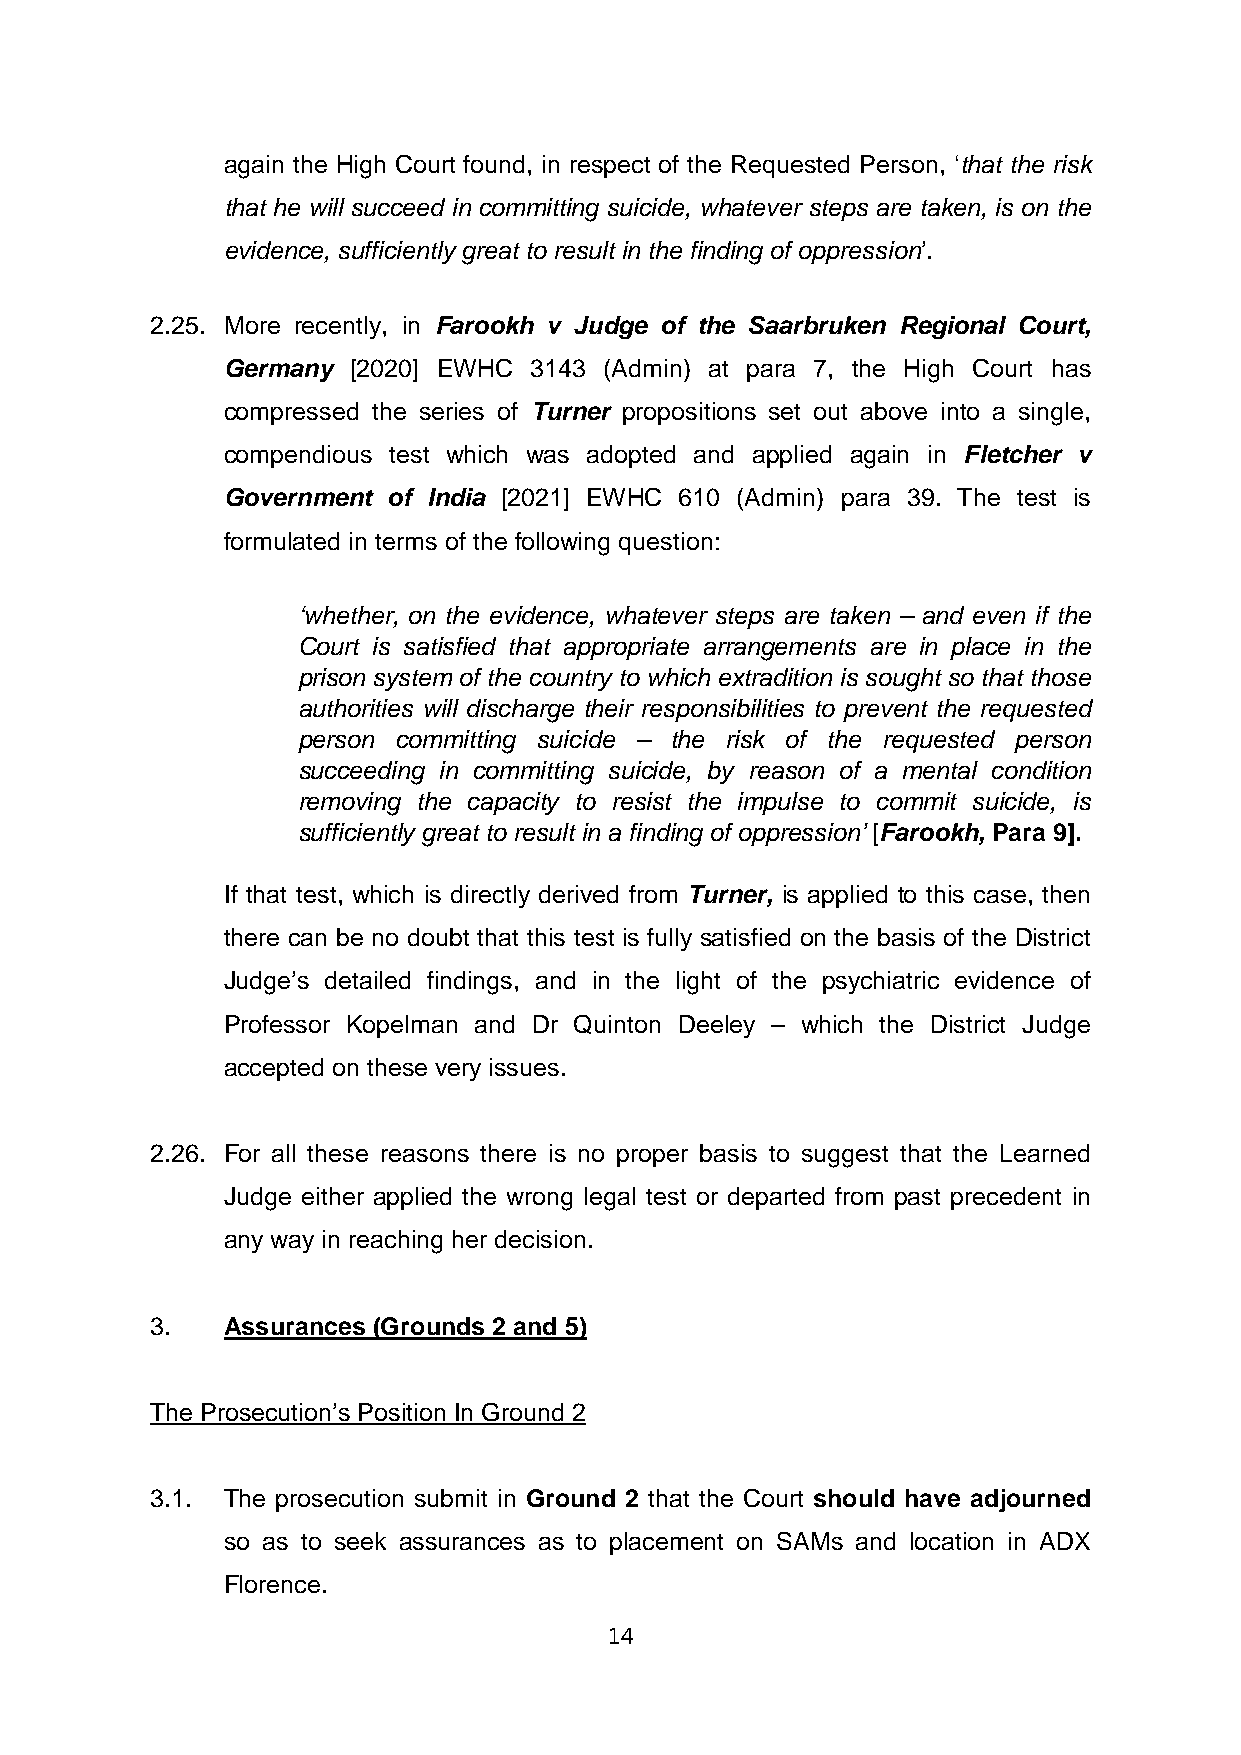
again the High Court found, in respect of the Requested Person, ‘that the risk
 that he will succeed in committing suicide, whatever steps are taken, is on the
 evidence, sufficiently great to result in the finding of oppression’.
 2.25. More recently, in Farookh v Judge of the Saarbruken Regional Court,
 Germany [2020] EWHC 3143 (Admin) at para 7, the High Court has
 compressed the series of Turner propositions set out above into a single,
 compendious test which was adopted and applied again in Fletcher v
 Government of India [2021] EWHC 610 (Admin) para 39. The test is
 formulated in terms of the following question:
 ‘whether, on the evidence, whatever steps are taken – and even if the
 Court is satisfied that appropriate arrangements are in place in the
 prison system of the country to which extradition is sought so that those
 authorities will discharge their responsibilities to prevent the requested
 person committing suicide – the risk of the requested person
 succeeding in committing suicide, by reason of a mental condition
 removing the capacity to resist the impulse to commit suicide, is
 sufficiently great to result in a finding of oppression’ [Farookh, Para 9].
 If that test, which is directly derived from Turner, is applied to this case, then
 there can be no doubt that this test is fully satisfied on the basis of the District
 Judge’s detailed findings, and in the light of the psychiatric evidence of
 Professor Kopelman and Dr Quinton Deeley – which the District Judge
 accepted on these very issues.
 2.26. For all these reasons there is no proper basis to suggest that the Learned
 Judge either applied the wrong legal test or departed from past precedent in
 any way in reaching her decision.
 3.   Assurances (Grounds 2 and 5)
 The Prosecution’s Position In Ground 2
 3.1. The prosecution submit in Ground 2 that the Court should have adjourned
 so as to seek assurances as to placement on SAMs and location in ADX
 Florence.
 14